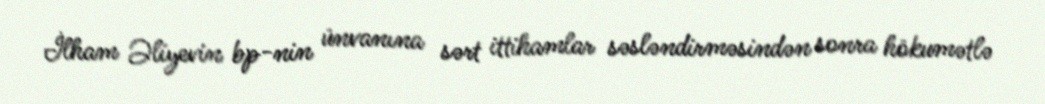
İlham Əliyevin bp-nin ünvanına sərt ittihamlar səsləndirməsindən sonra hökumətlə